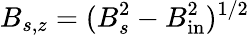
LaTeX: B_{s,z}=(B_{s}^{2}-B_{\mathrm{in}}^{2})^{1/2}